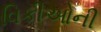
વિકીઓની